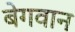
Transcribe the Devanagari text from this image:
बेगवान